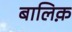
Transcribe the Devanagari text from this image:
बालिक़